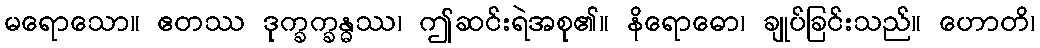
မရောသော။ ဧတဿ ဒုက္ခက္ခန္ဓဿ၊ ဤဆင်းရဲအစု၏။ နိရောဓော၊ ချုပ်ခြင်းသည်။ ဟောတိ၊